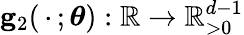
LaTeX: \mathbf{g}_{2}(\, \cdot\, ;\boldsymbol{\theta}):\mathbb{R}\to\mathbb{R}_{>0}^{d-1}